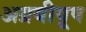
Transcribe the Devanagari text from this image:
अग्रयीयूष